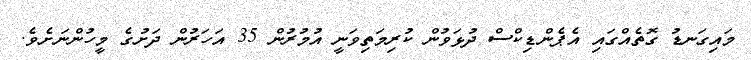
މައިގަނޑު ގޮތެއްގައި އެޕެންޑިކްސް ދުޅަވުން ކުރިމަތިވަނީ އުމުރުން 35 އަހަރުން ދަށުގެ މީހުންނަށެވެ.